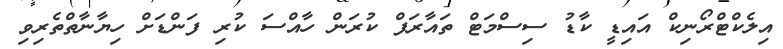
އިލެކްޓްރޯނިކް އައިޑީ ކާޑު ސިސްމަޓް ތައާރަފް ކުރަން ހާއްސަ ކުރި ފަންޑަށް ހިޔާނާތްތެރިވި